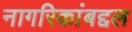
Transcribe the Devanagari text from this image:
नागरिकांबद्दल